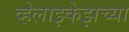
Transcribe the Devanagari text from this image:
व्हेलाझ्केझच्या